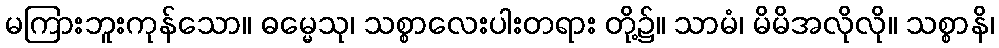
မကြားဘူးကုန်သော။ ဓမ္မေသု၊ သစ္စာလေးပါးတရား တို့၌။ သာမံ၊ မိမိအလိုလို။ သစ္စာနိ၊